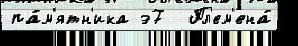
па́м'ятн'ика э7  Пл'ем'ена́